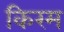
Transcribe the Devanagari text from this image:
किरम